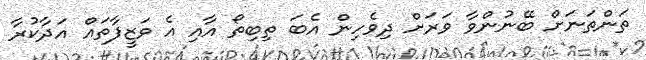
ތަންތަނަށް ބޭނުންވާ ވަރަށް ދިވެހިން އެބަ ތިބިތޯ އާއި އެ ވަޒީފާތައް އަދާކުރާ